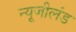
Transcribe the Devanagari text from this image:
न्यूजीलंड